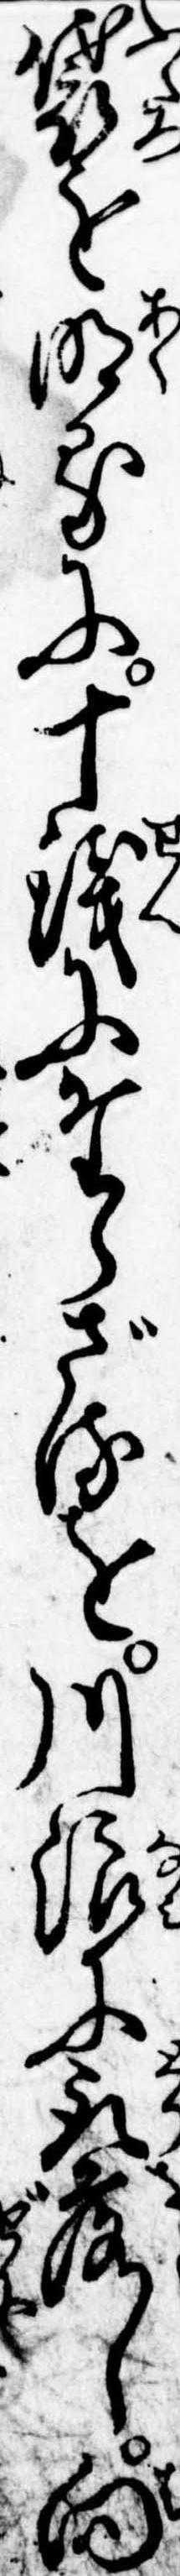
袋を明るに十銭にたらざるを川浪に取落し向